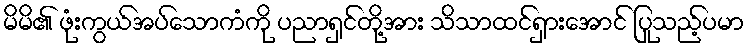
မိမိ၏ ဖုံးကွယ်အပ်သောကံကို ပညာရှင်တို့အား သိသာထင်ရှားအောင် ပြုသည့်ပမာ